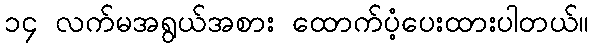
၁၄ လက်မအရွယ်အစား ထောက်ပံ့ပေးထားပါတယ်။